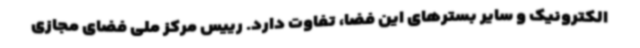
الکترونیک و سایر بسترهای این فضا، تفاوت دارد. رییس مرکز ملی فضای مجازی